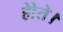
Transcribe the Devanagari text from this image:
होेते।